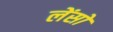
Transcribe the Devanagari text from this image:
लेंसो